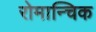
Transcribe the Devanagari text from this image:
रोमान्चिक